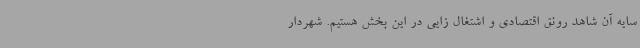
سایه آن شاهد رونق اقتصادی و اشتغال زایی در این بخش هستیم. شهردار